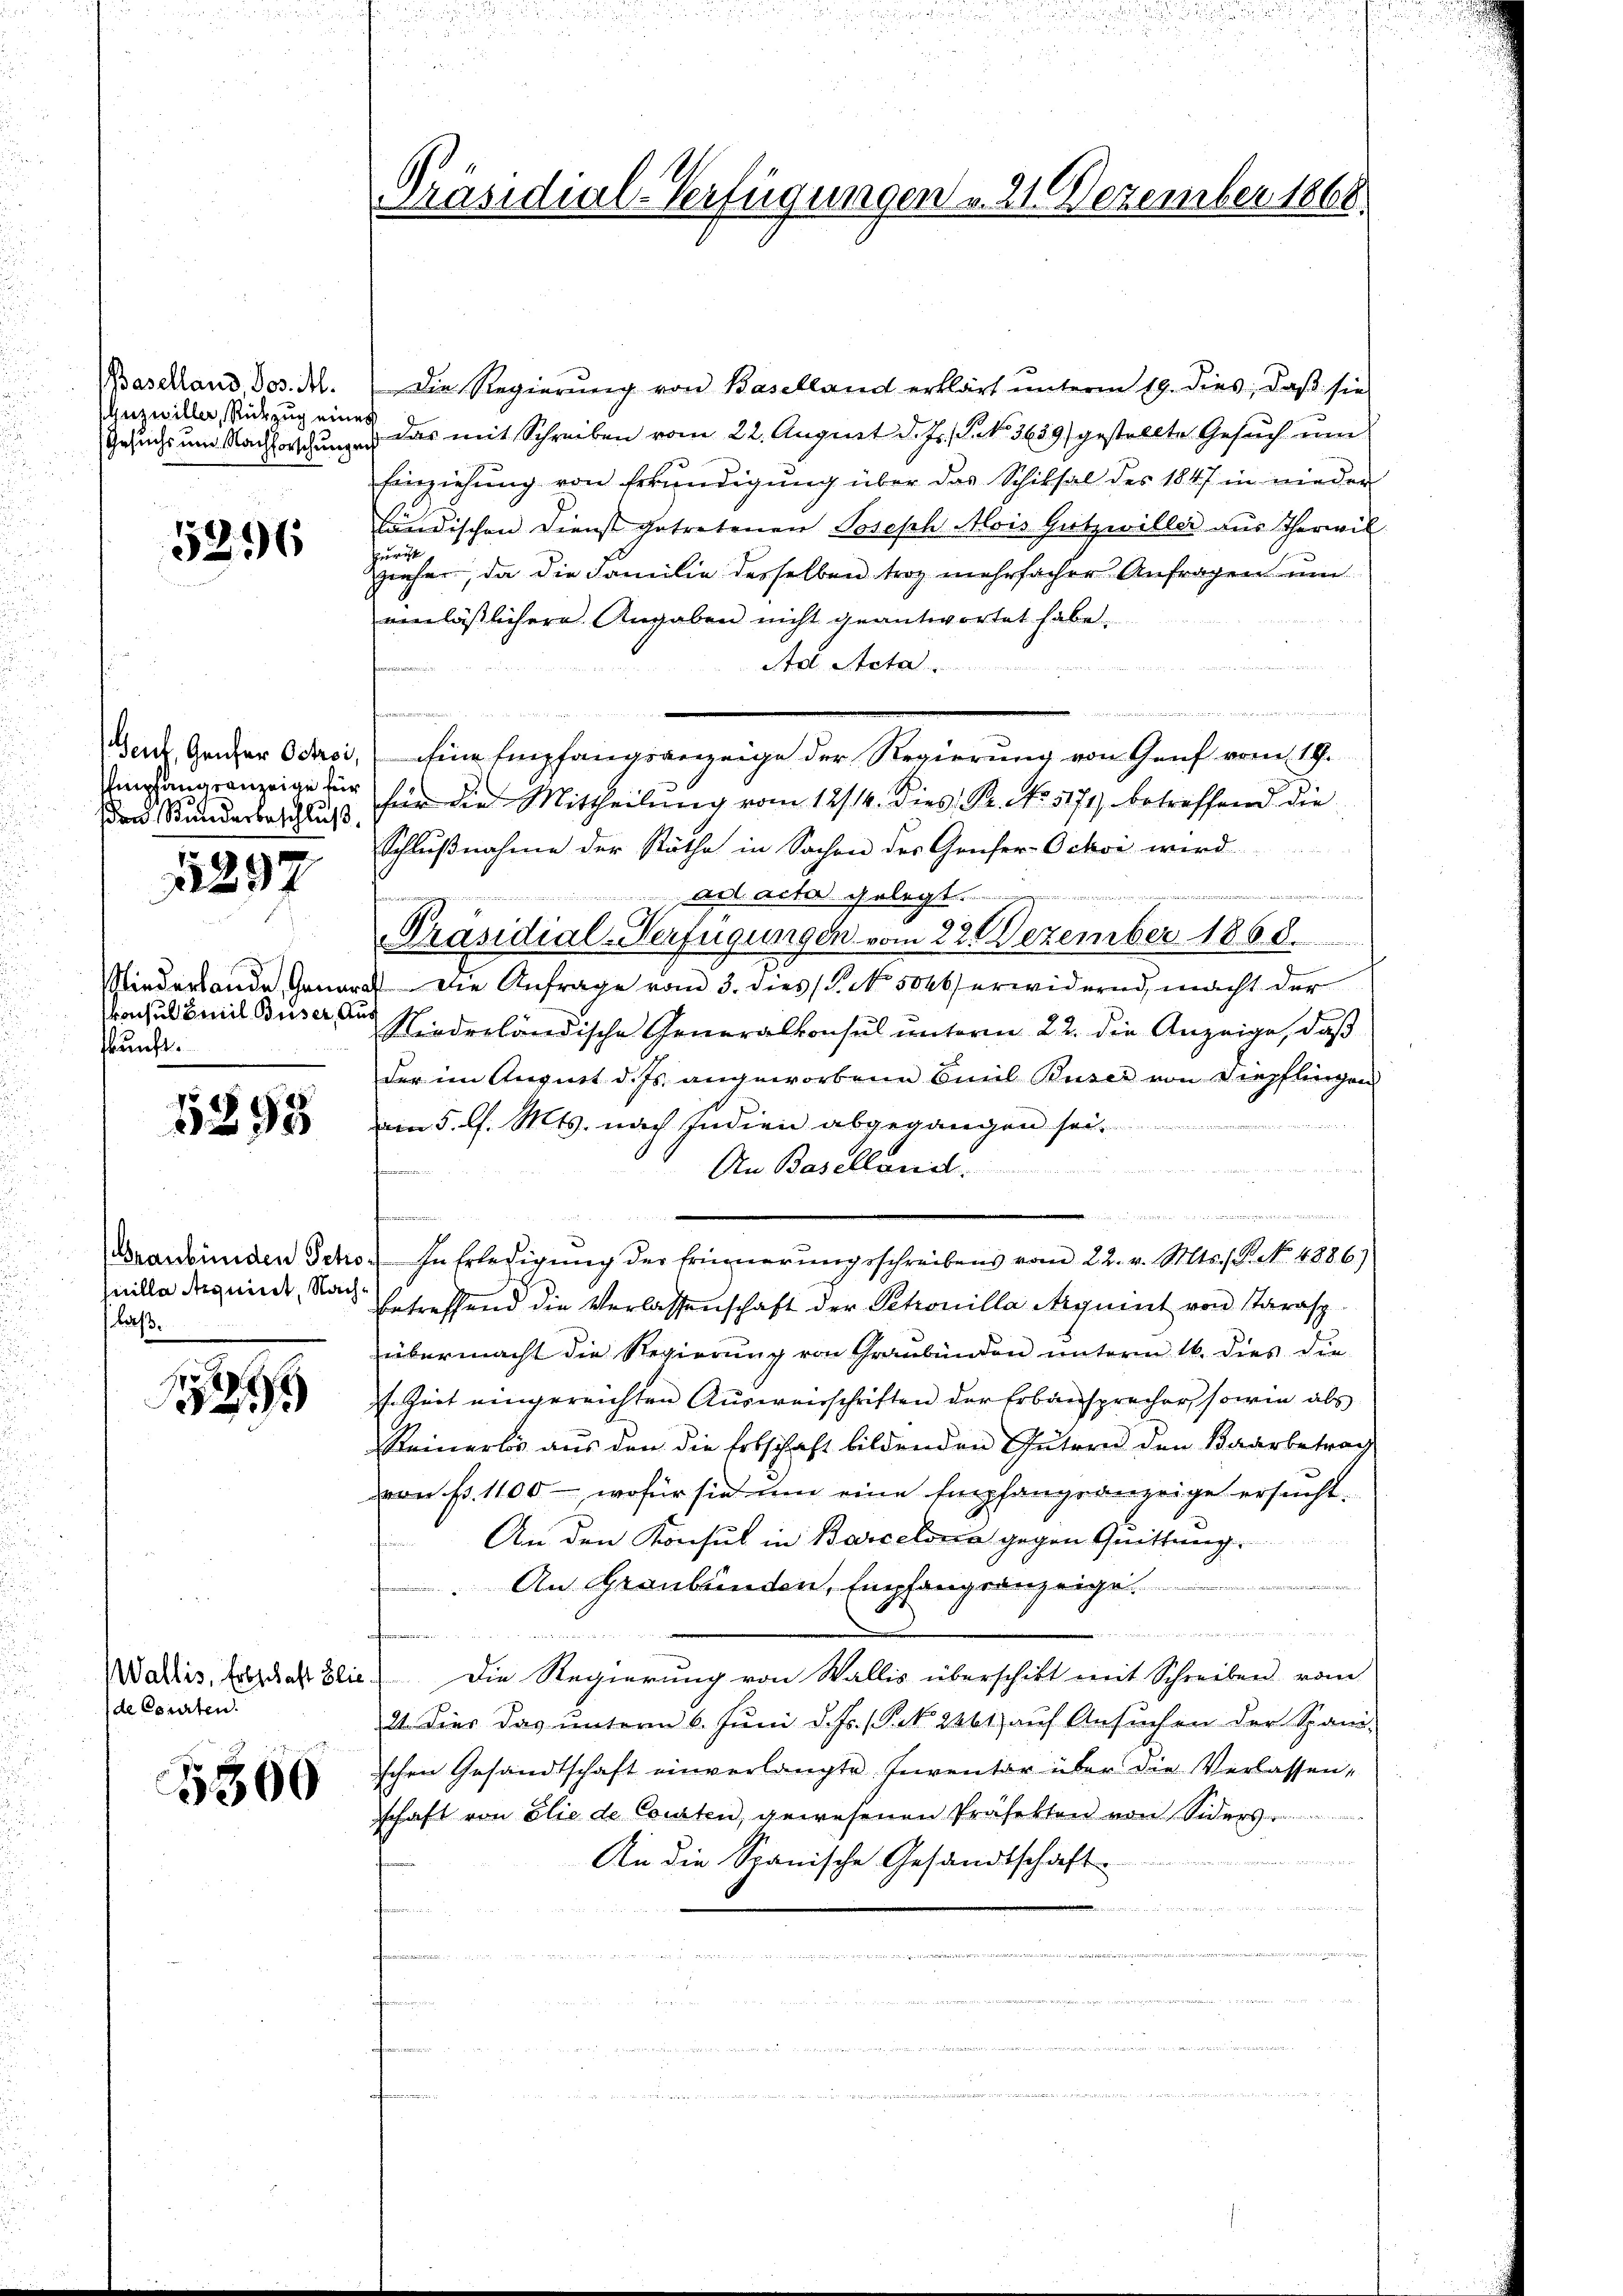
Baselland, Jos. M.
Guzwiller, Rückzug eine
Gesuchs um Nachforschunge

5296

Genf, Genfer Octroi,
Empfangsanzeige für
en Stunderbeschluß.

1297

iederlande, Jann
vonsul Emil Buser d
kunft.

1398

Graubünden Scho
nille Aequiret, Nachlaß.

124

Wallis, Erbschaft Bli
(de Courten.

5300

Präsidial-Verfügungen v. 21. Dezember 1868.

Die Regierŭng von Baselland erklärt ŭnterm 19. dies, daβ sie
Das mit Schreiben vom 22. August d. Js. No 3639) gestellte Gesuch um
Einziehung von Erkundigung über das Schiksal des 1847 in nieder
händischen Dienst getretenen Joseph Alois Gützwiller aus Therwil
Züricht
zieher, da die Familie desselben trotz mehrfacher Anfragen um
einlässlichere Angaben nicht geantwortet habe.
Stol. Stat
n
u
für die Mittheilŭng vom 12/14. dies B. No. 5171) betreffend die
Schlußnahme der Räthe in Sachen des Genfer-Ochon wird
,
ad acta gelegt.
Präsidial-Verfügungen vom 22. Dezember 1863.
2. Die Anfrage vom 3. dies (T. No. 5046) erwidernd, macht der
Riederländische Generalkonsul unterm 22. die Anzeige, daß
der im August d. Js. angeworbene Carl Buser von Diepflingen

am 5. l. Mts. nach Indien abgegangen sei.
An Basellaniel
21. d. Mei
.

In Erledigŭng der Erinnerungsschreibens vom 22. v. Mts. (T. No. 4886)
betreffend die Verlassenschaft der Petrouilla Aequent von starasp
übermacht die Regierŭng von Graubünden unterm 16. dies die
. Zeit eingereichten Ausweisschriften der Erbansprecher, sowie als
Steinerbis aus den die Erbschaft bildenden Gütern den Baarbetrag
von B. 1100, wofür sie um eine Empfangsanzeige ersucht.
An den Konsul in Barcelona gegen Quittung.
An Graubünden, Empfangsanzeige
de   in eine wenn er immer u
Die Regierung von Wallis überschikt mit Schreiben vom
21. Dies das unterm 6. Juni d. Js. (Frk. 2061 auf Ansuchen der Spani-
ischen Gesandtschaft einverlangte Inventar über die Verlassen,
schaft von Elie de Courten, gewesenen Präfekten von Siders
e
An die Spanische Gesandtschaft
l
u
 einer in eine Juditor den
de

Eine Empfangsanzeige der Regierung von Genf vom 19.